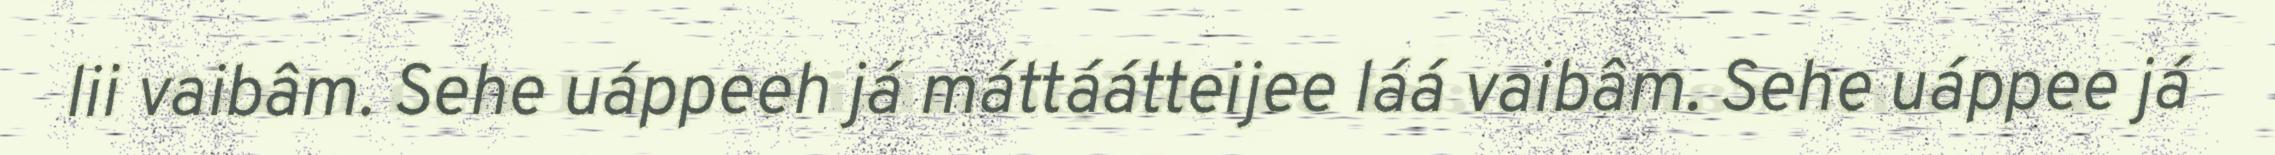
lii vaibâm. Sehe uáppeeh já máttáátteijee láá vaibâm. Sehe uáppee já